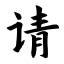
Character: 请